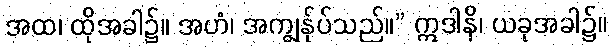
အထ၊ ထိုအခါ၌။ အဟံ၊ အကျွန်ုပ်သည်။” ဣဒါနိ၊ ယခုအခါ၌။